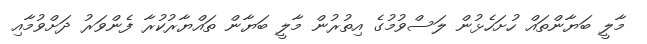
މާލީ ބަޔާންތައް ހުށަހެޅުން ލަސްވުމުގެ އިތުރުން މާލީ ބަޔާން ތައްޔާރުކުރާ ފެންވަރު ދަށްވުމާއި